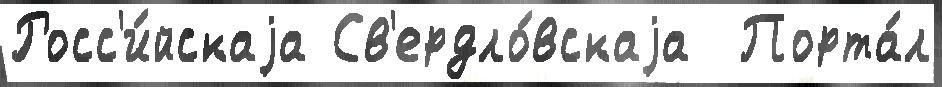
Росс'и́йскаjа Св'ердло́вскаjа  Порта́л